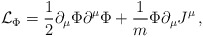
\begin{align*} {\cal L}_\Phi =\frac{1}{2}\partial_\mu\Phi\partial^\mu\Phi +\frac{1}{m} \Phi\partial_\mu J^\mu\, ,\end{align*}